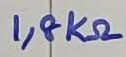
Text: 1,8KΩ